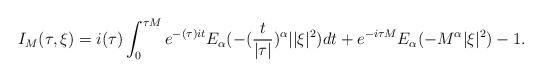
LaTeX: \begin{align*} I_M(\tau,\xi)=i (\tau) \int^{\tau M}_0 e^{- (\tau) it}E_{\alpha}(-(\frac{t}{|\tau|})^{\alpha}||\xi|^2) dt+e^{-i\tau M} E_\alpha(-M^\alpha |\xi|^2)-1.\end{align*}